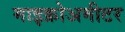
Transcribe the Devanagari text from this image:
माइक्रोअमीटर